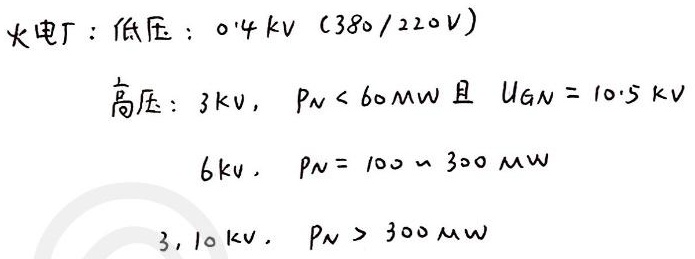
火电厂：低压：$0.4\mathrm{~kV}$（$380/220\mathrm{V}$）
高压：$3\mathrm{~kV}$，$P_N < 60\mathrm{MW}$且$U_{GN}=10.5\mathrm{~kV}$
$6\mathrm{~kV}$，$P_N = 100\sim300\mathrm{MW}$
$3,10\mathrm{~kV}$，$P_N > 300\mathrm{MW}$